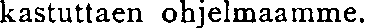
kastuttaen ohjelmaamme.